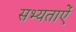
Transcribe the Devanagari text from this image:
सभ्यताऐं